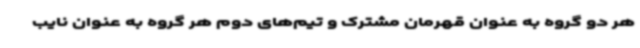
هر دو گروه به عنوان قهرمان مشترک و تیم‌های دوم هر گروه به عنوان نایب